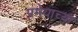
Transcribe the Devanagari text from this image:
प्रमेयाच्या